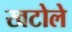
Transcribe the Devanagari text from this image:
खटोले